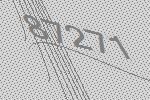
87271